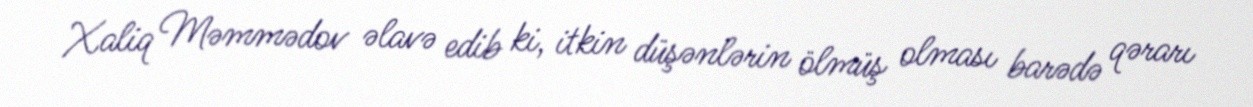
Xaliq Məmmədov əlavə edib ki, itkin düşənlərin ölmüş olması barədə qərarı